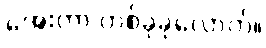
အေးတာ တစ်ခုခုလောက်။